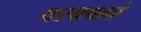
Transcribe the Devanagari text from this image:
थरथपाने